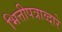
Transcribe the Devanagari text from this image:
भित्तीपत्राव्दारे